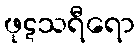
ဖုဋသရီရော